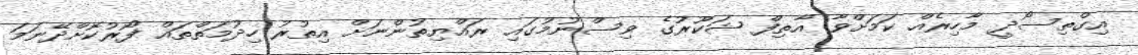
އިގްތިސޯދީ މާހިރެއް ކަމަށްވާ އާތިފް ޝަކޫރުގެ ވިސްނުމުގައި ރައްޔިތުންނަށް އިތުރު ހިދުމަތްތައް ފޯރުކޮށްދޭނަމަ